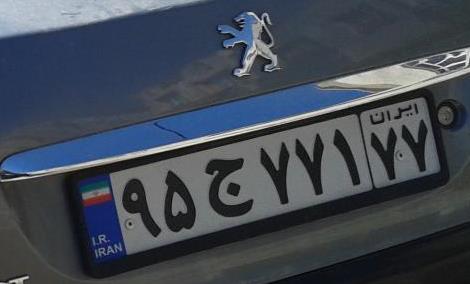
۹۵ج۷۷۱۷۷